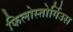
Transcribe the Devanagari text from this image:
फिलोस्तोर्गिउस